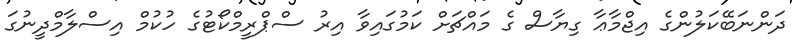
ދަންނަބޭކަލުންގެ އިޖްމާޢާ ގިޔާސް ގެ މައްޗަށް ކަމުގައިވާ އިރު ސްޕްރީމްކޯޓުގެ ހުކުމް އިސްލާމްދީނުގަ